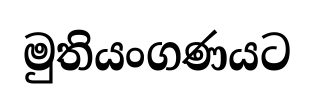
මුතියංගණයට